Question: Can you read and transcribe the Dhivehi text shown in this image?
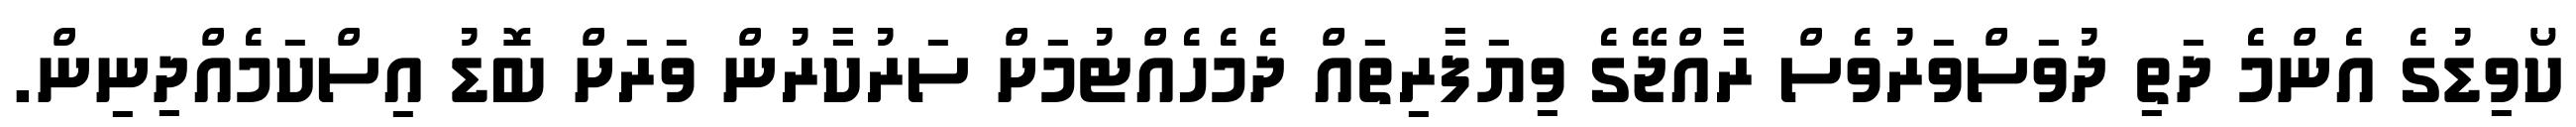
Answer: ކޯވިޑުގެ އެންމެ ދަތި ދުވަސްވަރުވެސް ރާއްޖޭގެ ވިޔަފާރިތައް ދެމެހެއްޓުމަށް ސަރުކާރުން ވަރަށް ބޮޑު އިސްކަމެއްދިނިން.